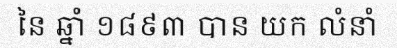
នៃ ឆ្នាំ ១៨៩៣ បាន យក លំនាំ